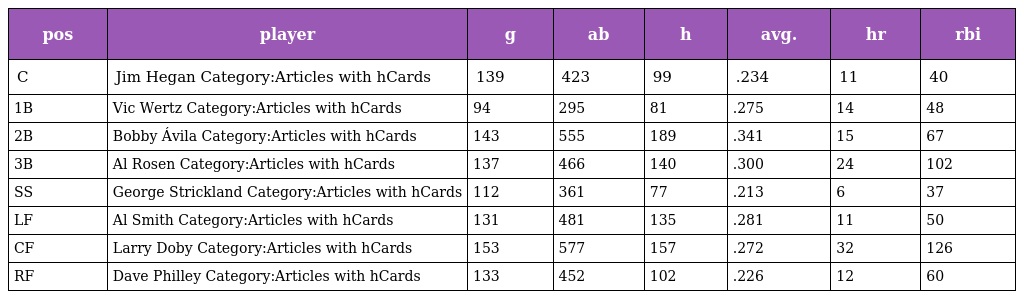
| pos | player | g | ab | h | avg. | hr | rbi |
 | --- | --- | --- | --- | --- | --- | --- | --- |
 | C | Jim Hegan Category:Articles with hCards | 139 | 423 | 99 | .234 | 11 | 40 |
 | 1B | Vic Wertz Category:Articles with hCards | 94 | 295 | 81 | .275 | 14 | 48 |
 | 2B | Bobby Ávila Category:Articles with hCards | 143 | 555 | 189 | .341 | 15 | 67 |
 | 3B | Al Rosen Category:Articles with hCards | 137 | 466 | 140 | .300 | 24 | 102 |
 | SS | George Strickland Category:Articles with hCards | 112 | 361 | 77 | .213 | 6 | 37 |
 | LF | Al Smith Category:Articles with hCards | 131 | 481 | 135 | .281 | 11 | 50 |
 | CF | Larry Doby Category:Articles with hCards | 153 | 577 | 157 | .272 | 32 | 126 |
 | RF | Dave Philley Category:Articles with hCards | 133 | 452 | 102 | .226 | 12 | 60 |